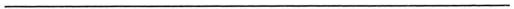
___